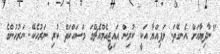
"ނާދިޔާއަށް އެނގޭތަ. ވަފިއްޔާ އަކީ ކުރިން އައިޖީއެމްއެޗްގަ މަސައްކަތް ކުރި ނަރުހެކޭ. ނަރުހުންގެ